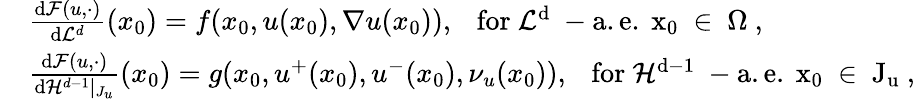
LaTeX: \begin{array}{rl}&{\frac{\textnormal{d}\mathcal{F}(u,\cdot)}{\textnormal{d}\mathcal{L}^{d}}(x_{0})=f(x_{0},u(x_{0}),\nabla u(x_{0})),\ \ \ \mathrm{for~\mathcal{L}^d~-a.e.~x_0~\in~\Omega~},}\\ &{\frac{\textnormal{d}\mathcal{F}(u,\cdot)}{\textnormal{d}\mathcal{H}^{d-1}|_{J_{u}}}(x_{0})=g(x_{0},u^{+}(x_{0}),u^{-}(x_{0}),\nu_{u}(x_{0})),\ \ \ \mathrm{for~\mathcal{H}^{d-1}~-a.e.~x_0~\in~J_u~},}\end{array}